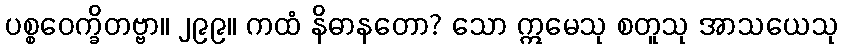
ပစ္စဝေက္ခိတဗ္ဗာ။ ၂၉၉။ ကထံ နိဓာနတော? သော ဣမေသု စတူသု အာသယေသု